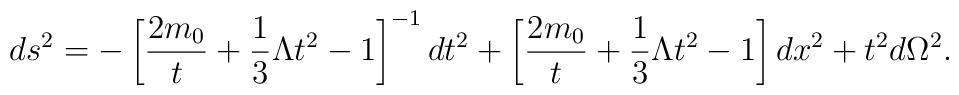
ds^2=-\left[\frac{2m_0}{t}+\frac{1}{3}\Lambda t^2-1\right]^{-1}dt^2+\left[\frac{2m_0}{t}+\frac{1}{3}\Lambda t^2-1\right] dx^2+t^2d\Omega^2.